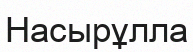
Насырұлла